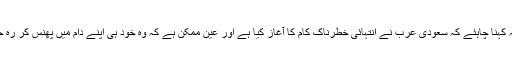
لہذا یہ کہنا چاہئے کہ سعودی عرب نے انتہائی خطرناک کام کا آغاز کیا ہے اور عین ممکن ہے کہ وہ خود ہی اپنے دام میں پھنس کر رہ جائے۔